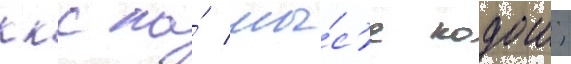
ккс на́ мы́с'е кодош;